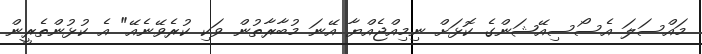
މައްސަލަ އެސޯސިއޭޝަންގެ ކޮޅަށް ނިމިއްޖެއްޔާ އޭނަ މުބާރާތުން ވަކި ކުރެވޭނެއޭ" އެ ކުޅުންތެރީން